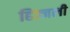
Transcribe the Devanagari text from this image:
हिज्जली